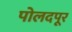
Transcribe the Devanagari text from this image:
पोलदपूर